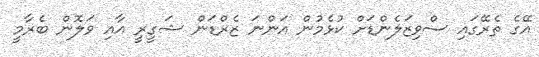
އޭގެ ތެރޭގައި ސްވިޒަލެންޑަށް ކުޅެމުން އަންނަ ޒެރްޑަން ޝަގީރީ އާއި ވަލޮން ބެރާމީ